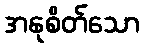
အနုစိတ်သော